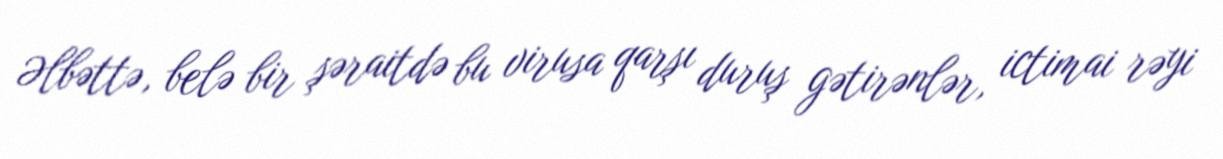
Əlbəttə, belə bir şəraitdə bu virusa qarşı duruş gətirənlər, ictimai rəyi